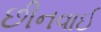
છીનવાઈ